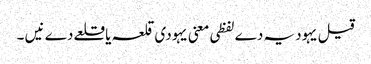
قیل یہودیہ دے لفظی معنی یہودی قلعہ یا قلعے دے نیں ۔